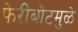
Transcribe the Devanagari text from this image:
फेरीबोटमुळे